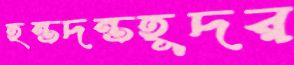
হন্তদন্তহূদর